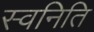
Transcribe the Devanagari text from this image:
स्वनिति